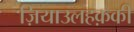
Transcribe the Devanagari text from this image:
ज़ियाउलहक़की